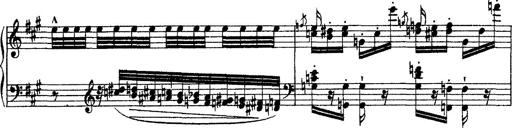
Title: Grande fantasie di bravura sur La clochette
Composer: Franz Liszt
Key: A minor